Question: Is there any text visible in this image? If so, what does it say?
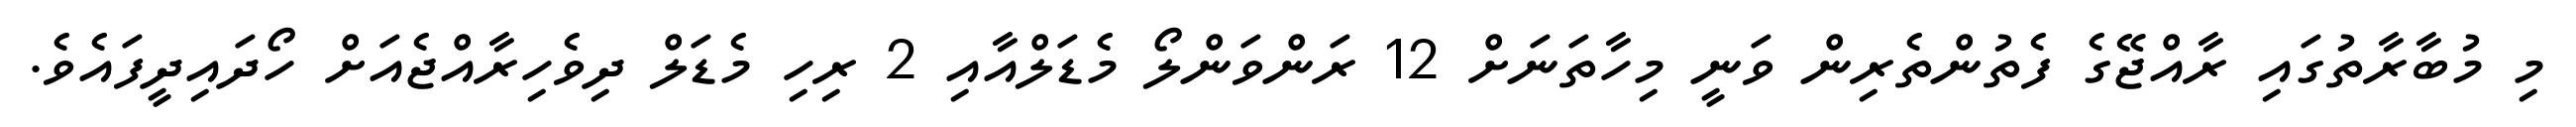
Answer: މި މުބާރާތުގައި ރާއްޖޭގެ ފެތުންތެރިން ވަނީ މިހާތަނަށް 12 ރަންވަންލޯ މެޑަލްއާއި 2 ރިހި މެޑަލް ދިވެހިރާއްޖެއަށް ހޯދައިދީފައެވެ.